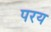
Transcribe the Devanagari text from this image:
परय